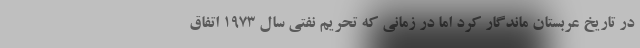
در تاریخ عربستان ماندگار کرد اما در زمانی که تحریم نفتی سال ۱۹۷۳ اتفاق